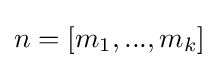
n=[m_{1},...,m_{k}]